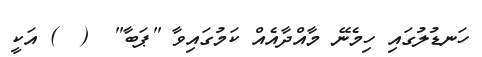
ހަނޑުލުގައި ހިމެނޭ މާއްދާއެއް ކަމުގައިވާ "ޕަބާ"  (  ) އަކީ